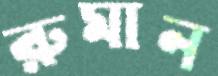
রুমান